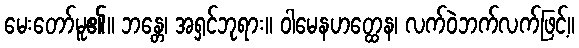
မေးတော်မူ၏။ ဘန္တေ၊ အရှင်ဘုရား။ ဝါမေနဟတ္ထေန၊ လက်ဝဲဘက်လက်ဖြင့်။